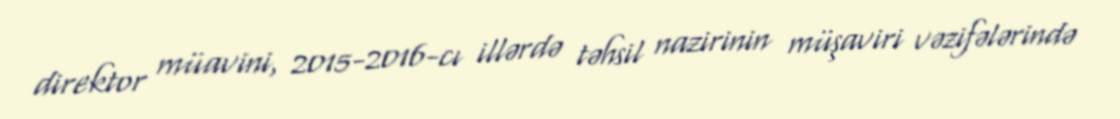
direktor müavini, 2015-2016-cı illərdə təhsil nazirinin müşaviri vəzifələrində